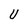
Character: U